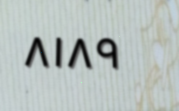
٨١٨٩